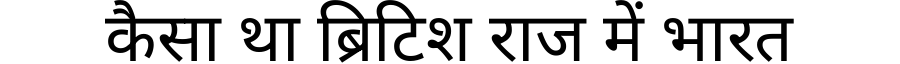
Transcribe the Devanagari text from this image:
कैसा था ब्रिटिश राज में भारत